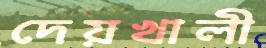
দেয়খালী